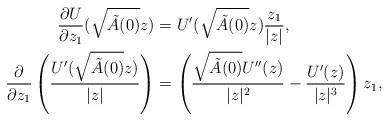
\begin{align*}\frac{\partial U}{\partial z_{1}}(\sqrt{\tilde{A}(0)}z) & =U^{\prime}(\sqrt{\tilde{A}(0)}z)\frac{z_{1}}{|z|},\\\frac{\partial}{\partial z_{1}}\left( \frac{U^{\prime}(\sqrt{\tilde{A}(0)}z)}{|z|}\right) & =\left( \frac{\sqrt{\tilde{A}(0)}U^{\prime\prime}(z)}{|z|^{2}}-\frac{U^{\prime}(z)}{|z|^{3}}\right) z_{1},\end{align*}